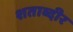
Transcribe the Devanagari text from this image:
शताब्दीर